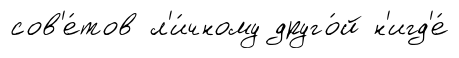
сов'е́тов л'и́чному друго́й н'игд'е́